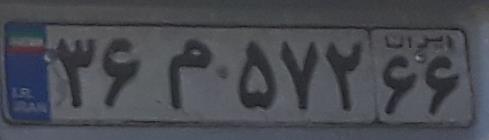
۳۶م۵۷۲۶۶